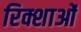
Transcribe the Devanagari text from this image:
रिक्शाओं